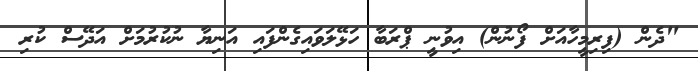
"ދެން (ފިރިމީހާއަށް ފޯނުން) އިވުނީ ޕްރަބާ ހަޅޭލަވައިގެންފައި އަނިޔާ ނުކުރުމަށް އަދޭސް ކުރި